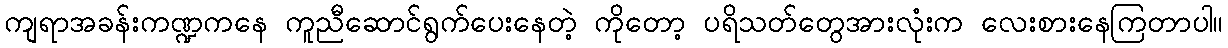
ကျရာအခန်းကဏ္ဍကနေ ကူညီဆောင်ရွက်ပေးနေတဲ့ ကိုတော့ ပရိသတ်တွေအားလုံးက လေးစားနေကြတာပါ။